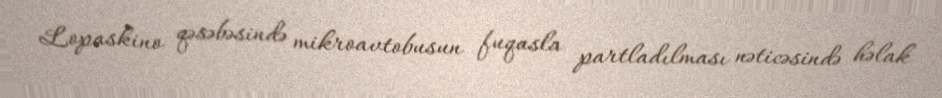
Lopaskino qəsəbəsində mikroavtobusun fuqasla partladılması nəticəsində həlak